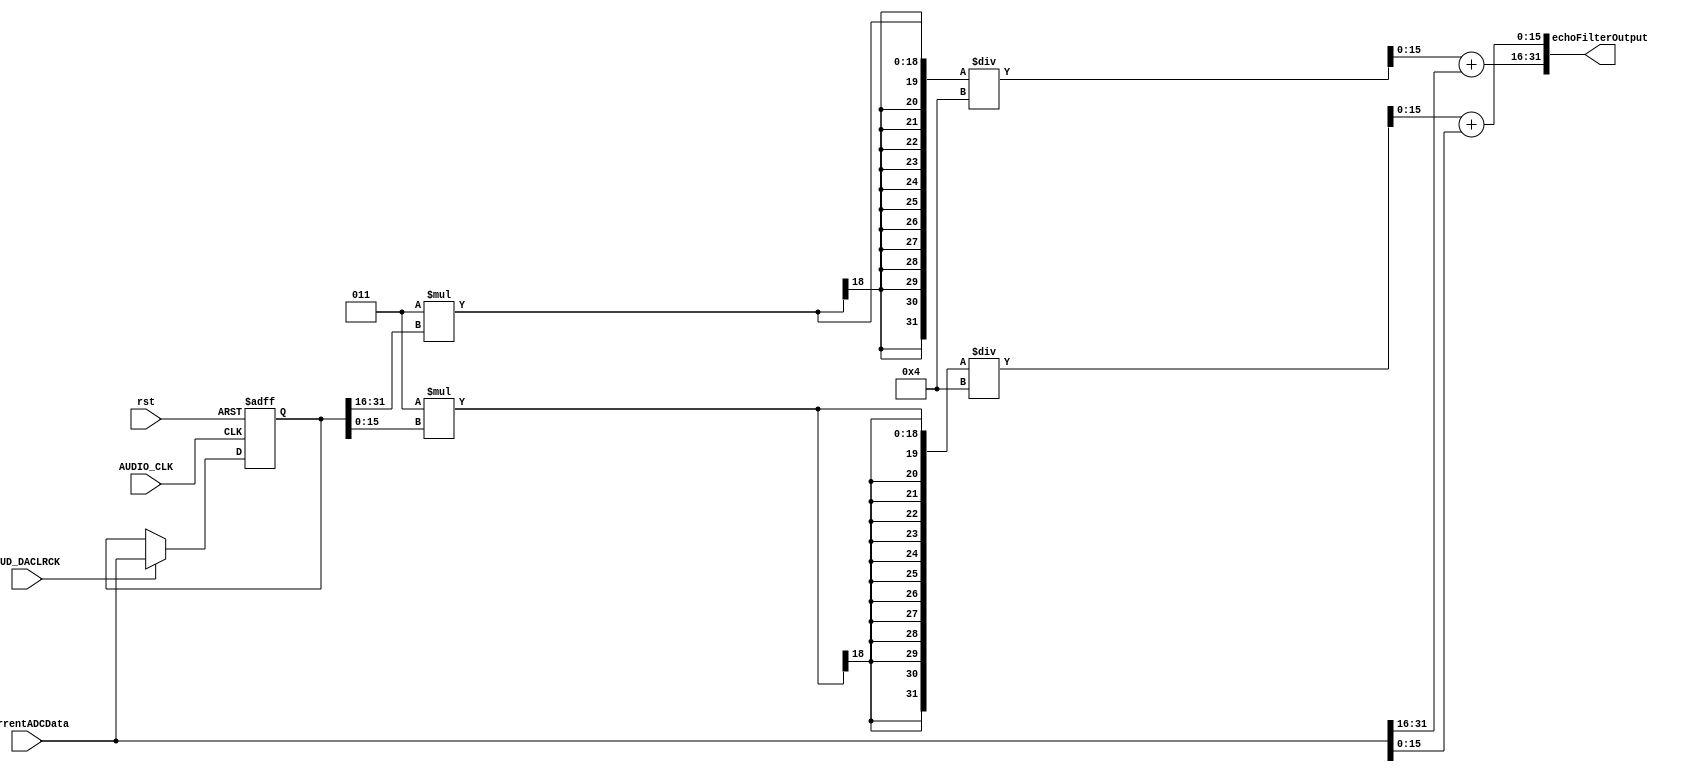
module EchoFilter
(
input rst,
input AUDIO_CLK, 
input AUD_DACLRCK, 
input [31:0]currentADCData,
output reg [31:0]echoFilterOutput
);

// Declare variables for doing arithmetic
reg [31:0]lastAudioIn;

// Use 32 bits so we can do arithmetic without losing information.
wire signed [31:0]leftAudio = {{16{currentADCData[31]}}, currentADCData[31:16]};
wire signed [31:0]leftLastInput = {{16{lastAudioIn[31]}}, lastAudioIn[31:16]};
reg signed [31:0]leftResult;

wire signed [31:0]rightAudio = {{16{currentADCData[15]}}, currentADCData[15:0]};
wire signed [31:0]rightLastInput = {{16{lastAudioIn[15]}}, lastAudioIn[15:0]};
reg signed [31:0]rightResult;

always @ (*)
begin
	leftResult = (($signed(32'd3) * $signed(leftLastInput)) / $signed(32'd4)) + $signed(leftAudio) ;
	rightResult = (($signed(32'd3) * $signed(rightLastInput)) / $signed(32'd4)) + $signed(rightAudio);
	
	echoFilterOutput[31:16] = leftResult[15:0];
	echoFilterOutput[15:0] =  rightResult[15:0];
end

always @ (posedge AUDIO_CLK or negedge rst)
begin	
	if(rst == 0)
		lastAudioIn <= 32'd0;
	else 
		if(AUD_DACLRCK == 1'b1)
			lastAudioIn <= currentADCData;
end

endmodule